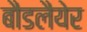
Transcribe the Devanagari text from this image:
बौडलैयेर